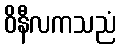
ဝိနီလကသညံ